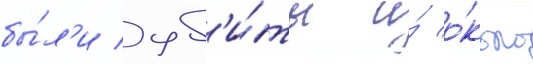
бы́л'и уб'и́ты и́ о́коло